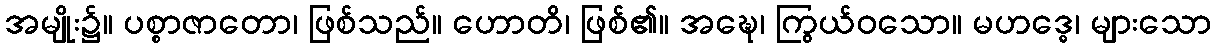
အမျိုး၌။ ပစ္စာဇာတော၊ ဖြစ်သည်။ ဟောတိ၊ ဖြစ်၏။ အဍ္ဎေ၊ ကြွယ်ဝသော။ မဟဒ္ဓေ၊ များသော